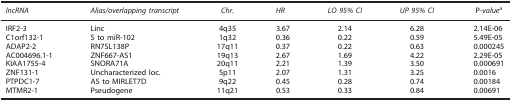
<table><thead><tr><td><b><i>lncRNA</i></b></td><td><b><i>Alias/overlapping transcript</i></b></td><td><b><i>Chr.</i></b></td><td><b><i>HR</i></b></td><td><b><i>LO 95% CI</i></b></td><td><b><i>UP 95% CI</i></b></td><td><b>P<i>-value</i>a</b></td></tr></thead><tbody><tr><td>IRF2-3</td><td>Linc</td><td>4q35</td><td>3.67</td><td>2.14</td><td>6.28</td><td>2.14E-06</td></tr><tr><td>C1orf132-1</td><td>S to miR-102</td><td>1q32</td><td>0.36</td><td>0.22</td><td>0.59</td><td>5.49E-05</td></tr><tr><td>ADAP2-2</td><td>RN7SL138P</td><td>17q11</td><td>0.37</td><td>0.22</td><td>0.63</td><td>0.000245</td></tr><tr><td>AC004696.1-1</td><td>ZNF667-AS1</td><td>19q13</td><td>2.67</td><td>1.69</td><td>4.22</td><td>2.29E-05</td></tr><tr><td>KIAA1755-4</td><td>SNORA71A</td><td>20q11</td><td>2.21</td><td>1.39</td><td>3.50</td><td>0.000691</td></tr><tr><td>ZNF131-1</td><td>Uncharacterized loc.</td><td>5p11</td><td>2.07</td><td>1.31</td><td>3.25</td><td>0.0016</td></tr><tr><td>PTPDC1-7</td><td>AS to MIRLET7D</td><td>9q22</td><td>0.45</td><td>0.28</td><td>0.74</td><td>0.00184</td></tr><tr><td>MTMR2-1</td><td>Pseudogene</td><td>11q21</td><td>0.53</td><td>0.33</td><td>0.84</td><td>0.00691</td></tr></tbody></table>